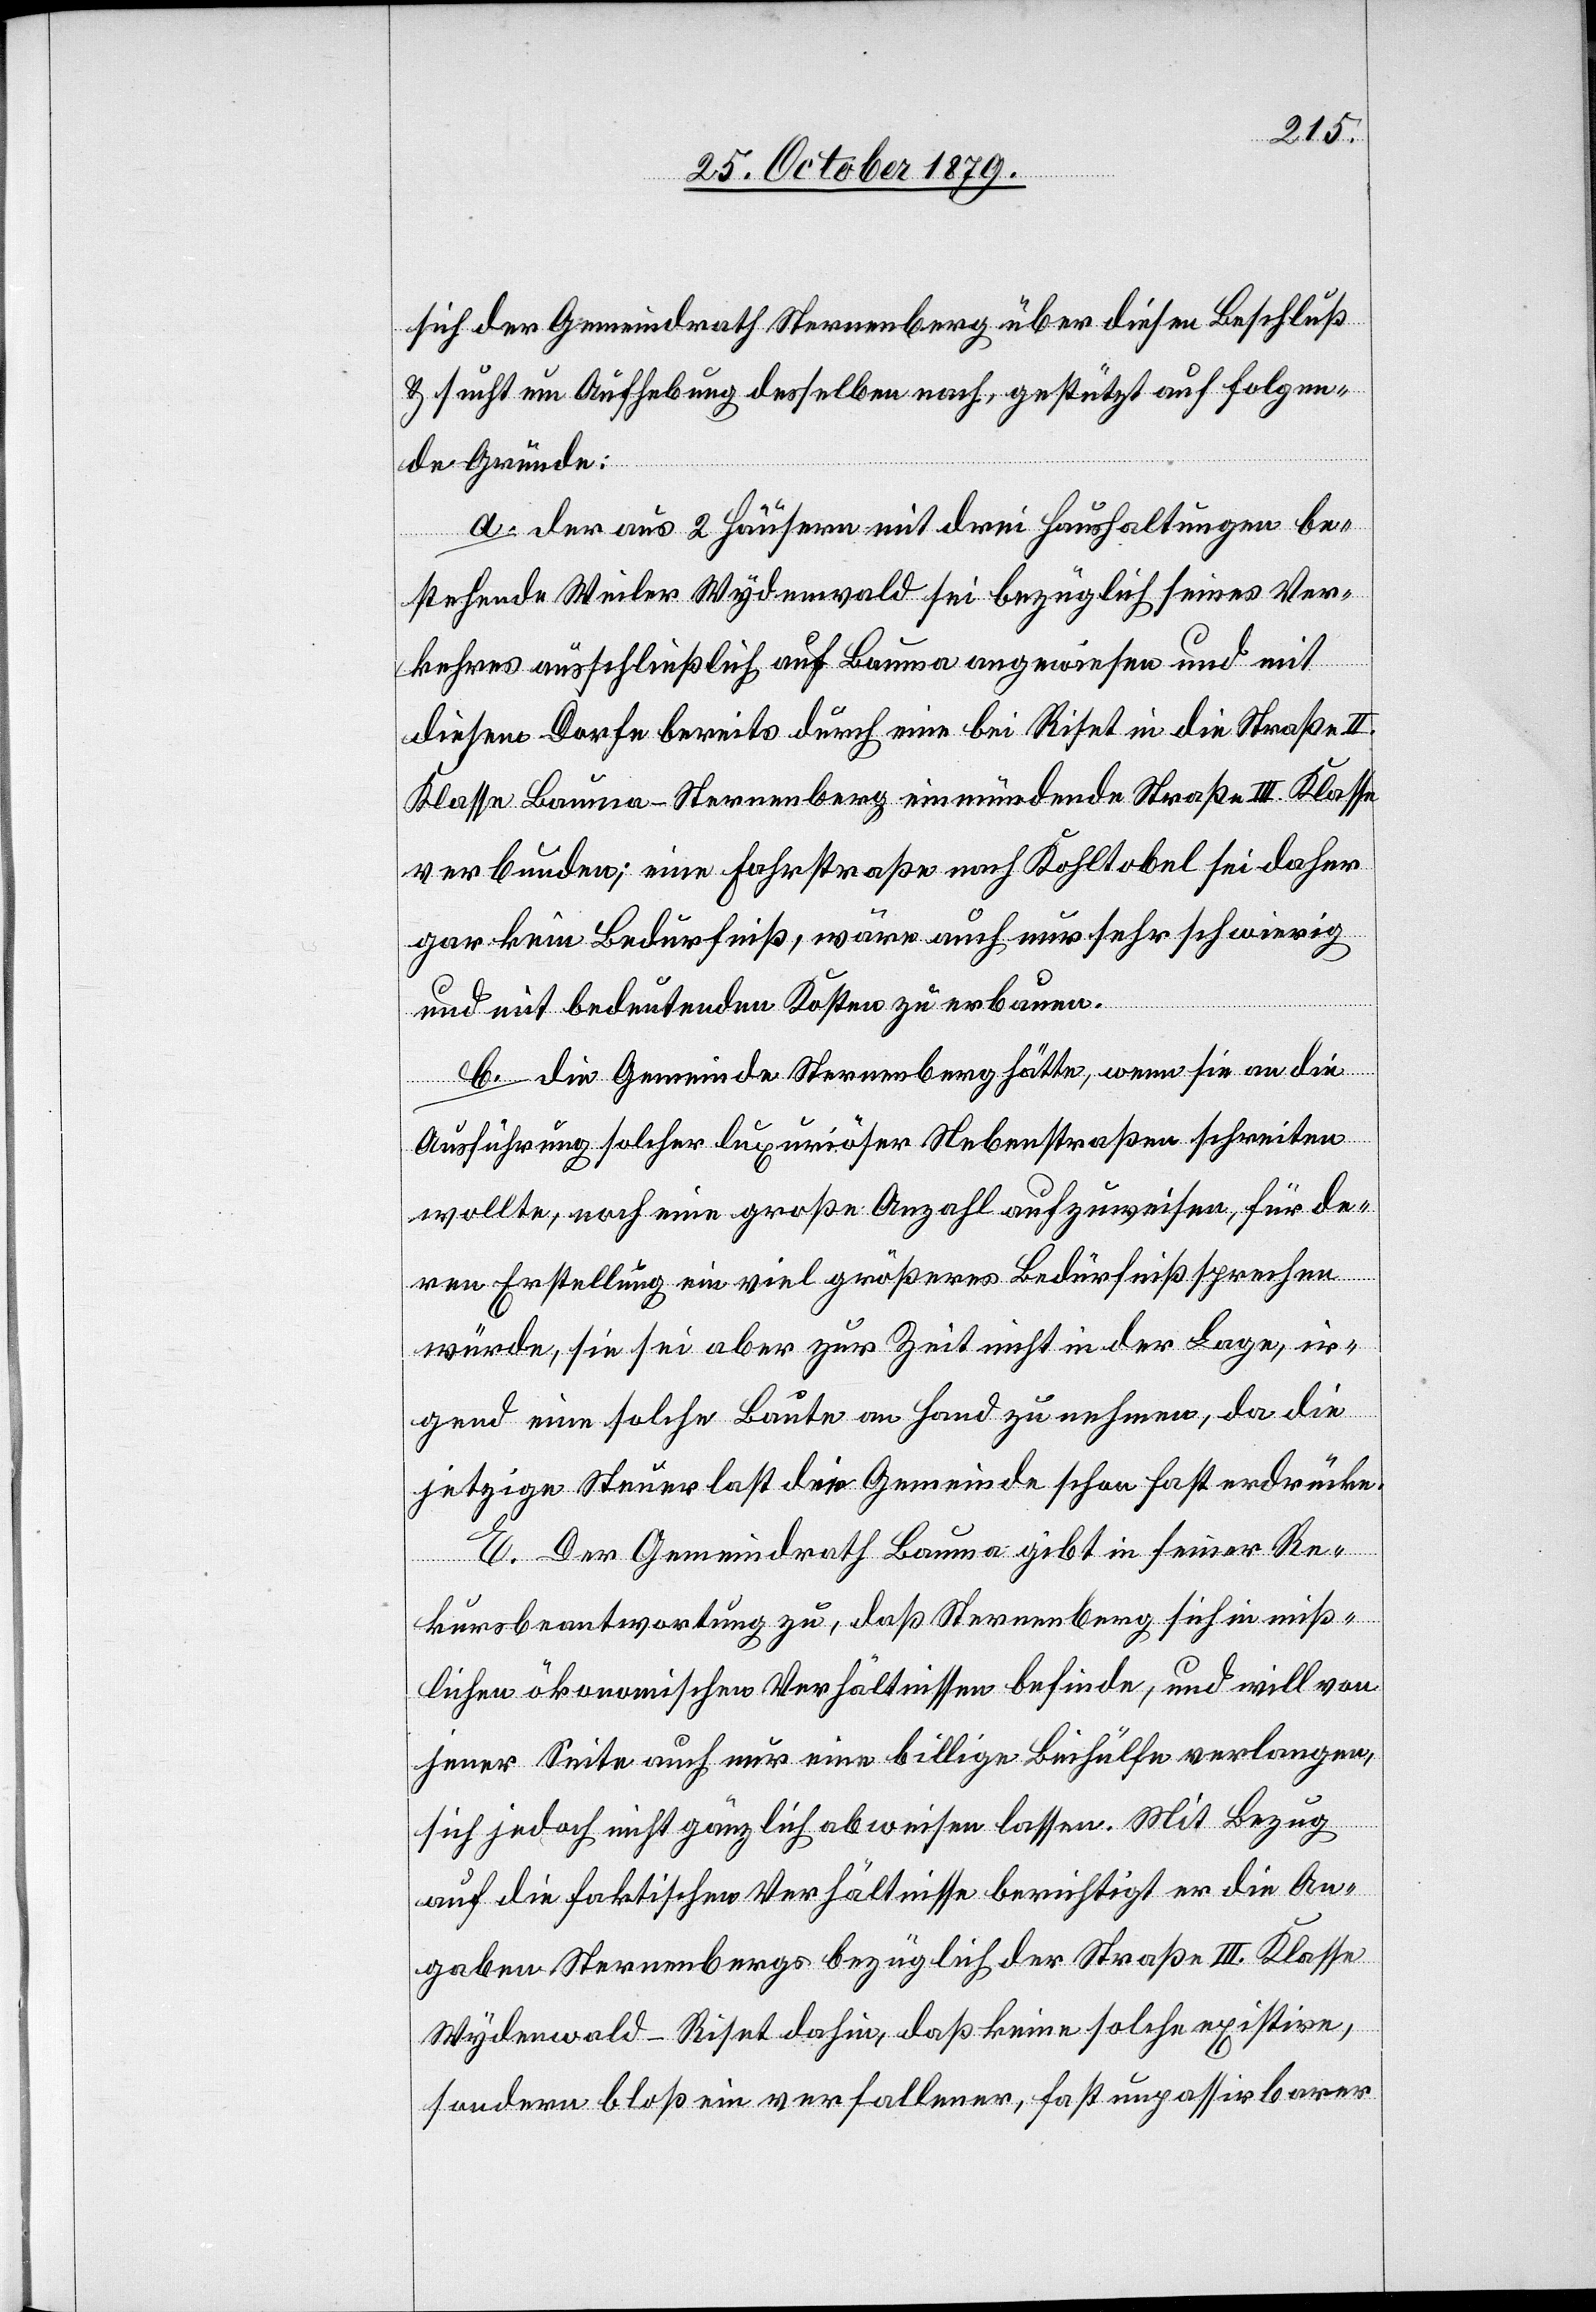
sich der Gemeindrath Sternenberg über diesen Beschluß
& sucht um Aufhebung desselben nach, gestützt auf folgen¬
de Gründe:
a. der aus 2 Häusern mit drei Haushaltungen be¬
stehende Weiler Wydenwald sei bezüglich seines Ver¬
kehres ausschließlich auf Bauma angewiesen und mit
diesem Dorfe bereits durch eine bei Riset in die Straße II.
Klasse Bauma–Sternenberg einmündende Straße III. Klasse
verbunden; eine Fahrstraße nach Kohltobel sei daher
gar kein Bedürfniß, wäre auch nur sehr schwierig
und mit bedeutenden Kosten zu erbauen.
b. die Gemeinde Sternenberg hätte, wenn sie an die
Ausführung solcher luxuriöser Nebenstraßen schreiten
wollte, noch eine große Anzahl aufzuweisen, für de¬
ren Erstellung ein viel größeres Bedürfniß sprechen
würde, sie sei aber zur Zeit nicht in der Lage, ir¬
gend eine solche Baute an Hand zu nehmen, da die
jetzige Steuerlast die Gemeinde schon fast erdrücke.
E. Der Gemeindrath Bauma gibt in seiner Re¬
kursbeantwortung zu, daß Sternenberg sich in miß¬
lichen ökonomischen Verhältnissen befinde, und will von
jener Seite auch nur eine billige Beihülfe verlangen,
sich jedoch nicht gänzlich abweisen lassen. Mit Bezug
auf die faktischen Verhältnisse berichtigt er die An¬
gaben Sternenbergs bezüglich der Straße III. Klasse
Wydenwald–Riset dahin, daß keine solche existire,
sondern bloß ein verfallener, fast unpassirbarer